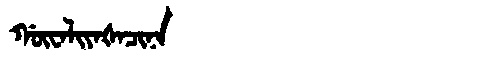
Manchu: ᡤᡡᠸᠠᠯᡳᠶᠠᡧᠠᠴᡳᠨᠠ
Romanization: GŪWALIYAŠACINA